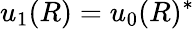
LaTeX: u_{1}(R)=u_{0}(R)^{*}